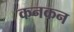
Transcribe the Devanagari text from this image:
कनकन